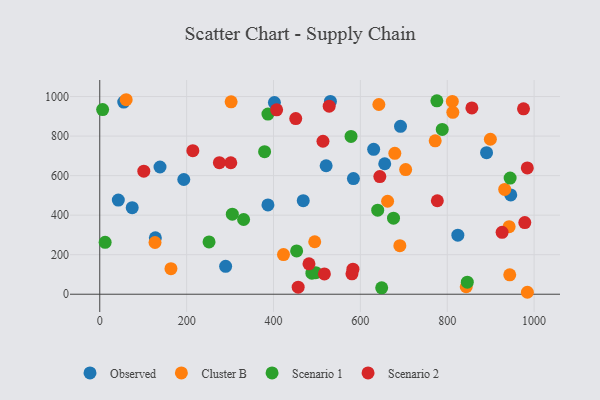
{"axis": {"x": "Study Hours", "y": "Exam Score"}, "legend": ["Cluster B", "Observed", "Scenario 1", "Scenario 2"], "data": [{"x": "946.2", "y": 502.2, "type": "Observed"}, {"x": "193.5", "y": 580.4, "type": "Observed"}, {"x": "128.0", "y": 285.3, "type": "Observed"}, {"x": "584.0", "y": 585.1, "type": "Observed"}, {"x": "138.7", "y": 643.7, "type": "Observed"}, {"x": "387.2", "y": 451.9, "type": "Observed"}, {"x": "402.1", "y": 969.7, "type": "Observed"}, {"x": "42.7", "y": 476.4, "type": "Observed"}, {"x": "55.2", "y": 972.3, "type": "Observed"}, {"x": "521.2", "y": 649.9, "type": "Observed"}, {"x": "468.5", "y": 473.4, "type": "Observed"}, {"x": "531.0", "y": 975.4, "type": "Observed"}, {"x": "890.5", "y": 716.3, "type": "Observed"}, {"x": "289.8", "y": 141.0, "type": "Observed"}, {"x": "692.4", "y": 849.5, "type": "Observed"}, {"x": "630.6", "y": 733.1, "type": "Observed"}, {"x": "824.4", "y": 299.0, "type": "Observed"}, {"x": "74.7", "y": 437.9, "type": "Observed"}, {"x": "656.1", "y": 660.2, "type": "Observed"}, {"x": "642.6", "y": 959.9, "type": "Cluster B"}, {"x": "704.3", "y": 630.6, "type": "Cluster B"}, {"x": "60.8", "y": 984.0, "type": "Cluster B"}, {"x": "843.7", "y": 37.9, "type": "Cluster B"}, {"x": "899.3", "y": 784.0, "type": "Cluster B"}, {"x": "942.5", "y": 341.9, "type": "Cluster B"}, {"x": "127.2", "y": 261.7, "type": "Cluster B"}, {"x": "163.9", "y": 129.1, "type": "Cluster B"}, {"x": "984.5", "y": 9.9, "type": "Cluster B"}, {"x": "772.3", "y": 775.9, "type": "Cluster B"}, {"x": "811.7", "y": 975.6, "type": "Cluster B"}, {"x": "662.7", "y": 470.3, "type": "Cluster B"}, {"x": "679.3", "y": 712.8, "type": "Cluster B"}, {"x": "932.3", "y": 530.0, "type": "Cluster B"}, {"x": "812.9", "y": 920.3, "type": "Cluster B"}, {"x": "690.9", "y": 245.7, "type": "Cluster B"}, {"x": "302.4", "y": 973.5, "type": "Cluster B"}, {"x": "423.0", "y": 200.6, "type": "Cluster B"}, {"x": "943.9", "y": 98.2, "type": "Cluster B"}, {"x": "494.9", "y": 265.5, "type": "Cluster B"}, {"x": "488.4", "y": 106.7, "type": "Scenario 1"}, {"x": "497.3", "y": 109.0, "type": "Scenario 1"}, {"x": "649.1", "y": 32.4, "type": "Scenario 1"}, {"x": "6.6", "y": 934.2, "type": "Scenario 1"}, {"x": "788.5", "y": 833.6, "type": "Scenario 1"}, {"x": "12.4", "y": 262.5, "type": "Scenario 1"}, {"x": "453.3", "y": 219.3, "type": "Scenario 1"}, {"x": "305.2", "y": 405.1, "type": "Scenario 1"}, {"x": "251.6", "y": 264.6, "type": "Scenario 1"}, {"x": "776.1", "y": 978.5, "type": "Scenario 1"}, {"x": "331.2", "y": 378.0, "type": "Scenario 1"}, {"x": "639.9", "y": 425.0, "type": "Scenario 1"}, {"x": "676.3", "y": 384.8, "type": "Scenario 1"}, {"x": "944.8", "y": 587.4, "type": "Scenario 1"}, {"x": "387.2", "y": 911.5, "type": "Scenario 1"}, {"x": "578.5", "y": 798.5, "type": "Scenario 1"}, {"x": "379.5", "y": 721.0, "type": "Scenario 1"}, {"x": "846.2", "y": 60.8, "type": "Scenario 1"}, {"x": "517.2", "y": 102.5, "type": "Scenario 2"}, {"x": "481.7", "y": 153.7, "type": "Scenario 2"}, {"x": "101.4", "y": 622.6, "type": "Scenario 2"}, {"x": "777.2", "y": 473.0, "type": "Scenario 2"}, {"x": "856.7", "y": 942.5, "type": "Scenario 2"}, {"x": "984.3", "y": 639.1, "type": "Scenario 2"}, {"x": "451.2", "y": 888.4, "type": "Scenario 2"}, {"x": "580.6", "y": 103.1, "type": "Scenario 2"}, {"x": "975.6", "y": 938.1, "type": "Scenario 2"}, {"x": "644.8", "y": 595.4, "type": "Scenario 2"}, {"x": "528.2", "y": 951.2, "type": "Scenario 2"}, {"x": "301.7", "y": 665.1, "type": "Scenario 2"}, {"x": "456.8", "y": 35.5, "type": "Scenario 2"}, {"x": "978.6", "y": 362.4, "type": "Scenario 2"}, {"x": "513.9", "y": 773.9, "type": "Scenario 2"}, {"x": "214.3", "y": 726.4, "type": "Scenario 2"}, {"x": "926.3", "y": 313.0, "type": "Scenario 2"}, {"x": "275.4", "y": 665.5, "type": "Scenario 2"}, {"x": "407.2", "y": 933.0, "type": "Scenario 2"}, {"x": "582.9", "y": 127.0, "type": "Scenario 2"}]}